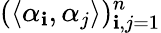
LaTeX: (\langle\alpha_{\mathbf{i}},\alpha_{j}\rangle)_{\mathbf{i},j=1}^{n}